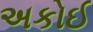
અકોઈ